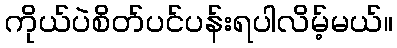
ကိုယ်ပဲစိတ်ပင်ပန်းရပါလိမ့်မယ်။